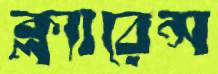
ক্ল্যারেন্স